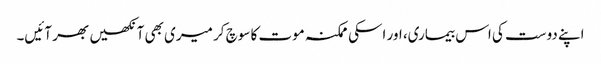
اپنے دوست کی اس بیماری، اور اسکی ممکنہ موت کا سوچ کر میری بھی آنکھیں بھر آئیں۔